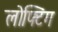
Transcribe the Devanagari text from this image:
लोफ्टिंग